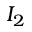
I _ { 2 }